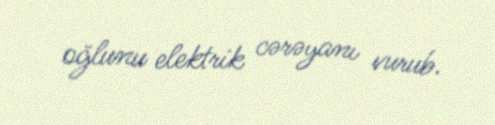
oğlunu elektrik cərəyanı vurub.